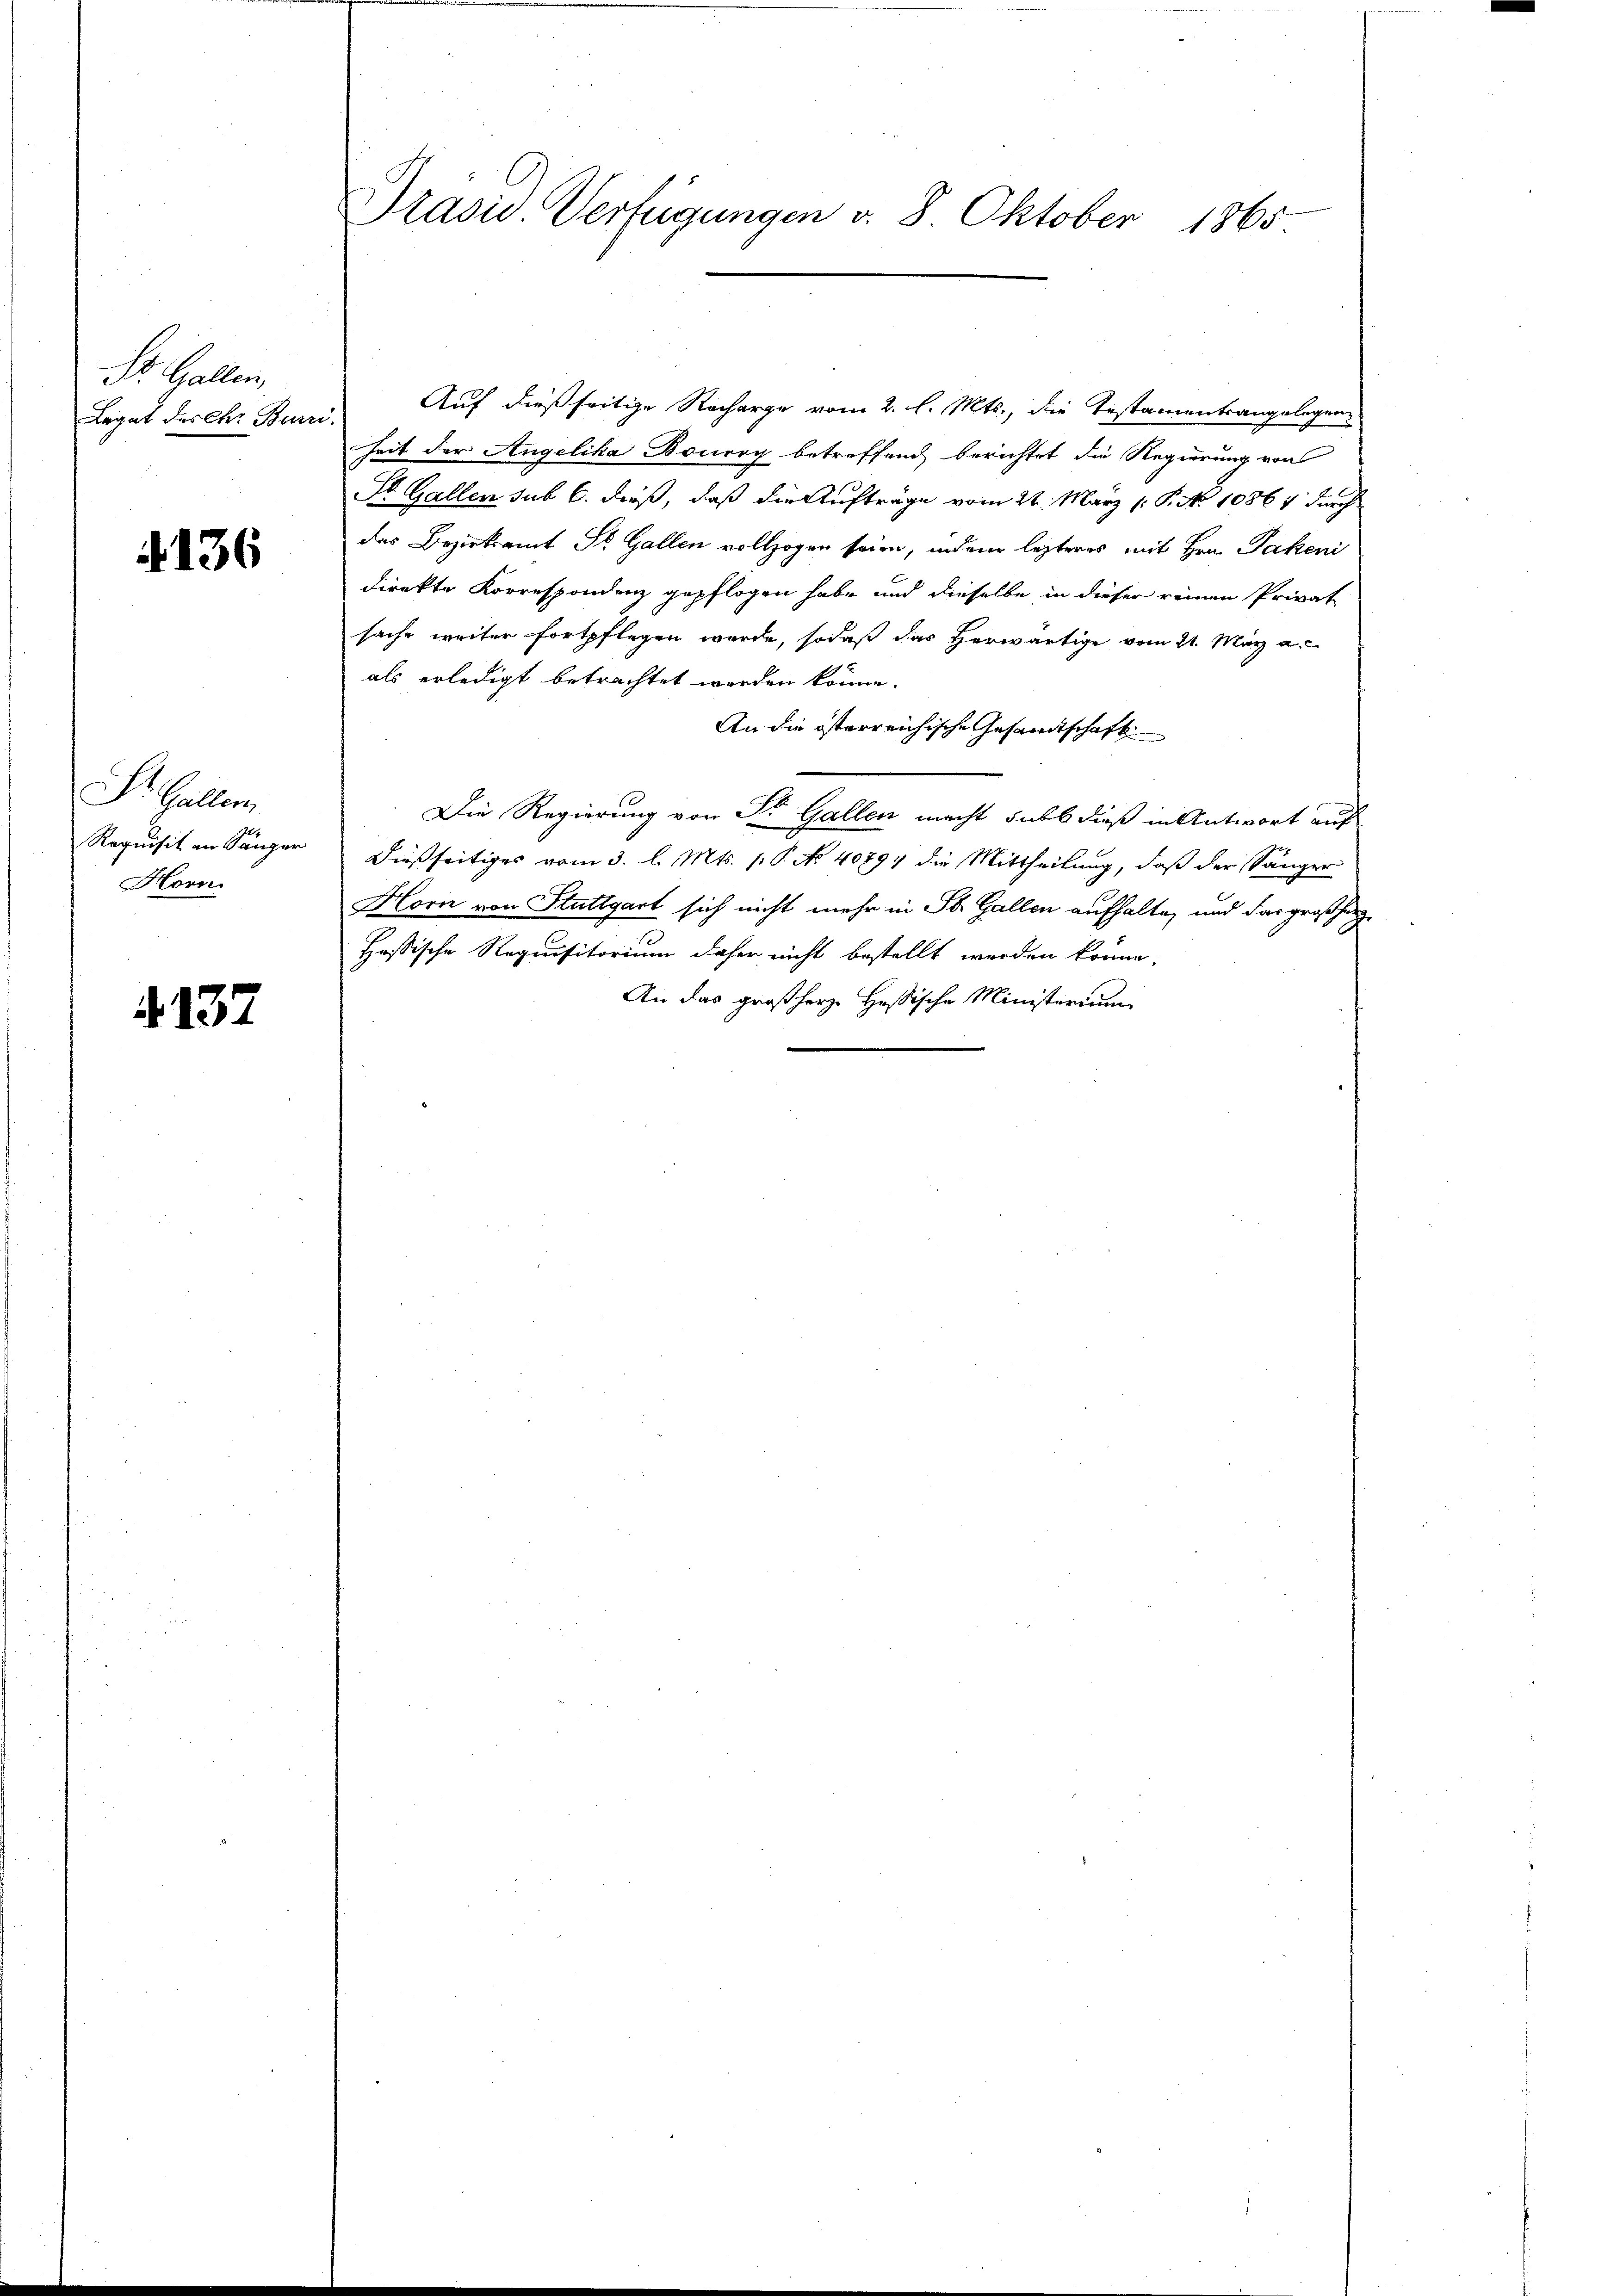
St. Gallen,
Legat Furch. Bur

4136

St. Gallen
Horn

.137

Auf dießseitige Recharge vom 2. l. Mts., die Testamentrangelegen
nis
heit der Angelika Bouroy betreffend berichtet die Regierung von
St. Gallen sub 6. dieß, daß die Aufträge vom 21. März 1. P. No 10861 durch
das Bezirksamt St. Gallen vollzogen seien, indem lezteres mit Hrn. Pakeni
direkte Korrespondenz gepflogen habe und dieselbe in dieser reinen Privat
sache weiter fortpflegen wurde, sodaß das Herwärtige vom 21. März a.
als erledigt betrachtet werden könne.
An die österreichische Gesandtschaft
Die Regierung von Dr. Gallen macht saubt dieß in Antwort auf
Requisit an Sänger dießseitiges vom 3. l. Mts. v. P. No 40894 die Mittheilung, daß der Sänger
Horn von Stuttgart sich nicht mehr in St. Gallen aufhalte, und das großherz¬
Hessische Requisitorium daher nicht bestellt werden könne.
An das großherze Hessische Ministorium

Präsid. Verfügungen v. 8. Oktober 1865.